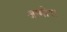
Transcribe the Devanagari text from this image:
आमोर।